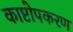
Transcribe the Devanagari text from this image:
काष्टोपकरण